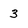
Character: 3